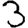
Digit: 3